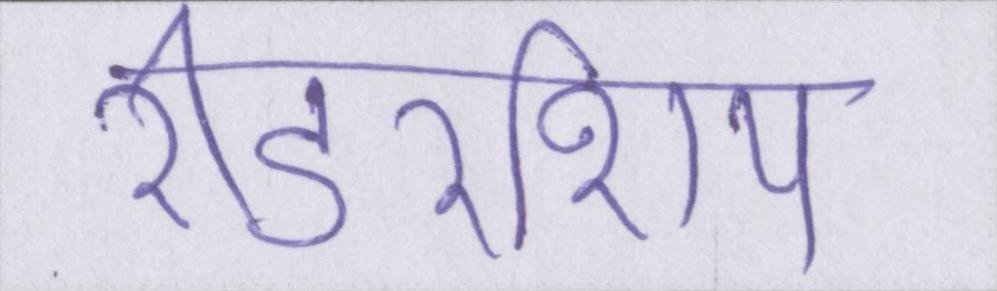
रीडरशिप